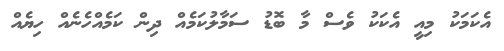
އެކަމަކު މިއީ އެކަކު ވެސް މާ ބޮޑު ސަމާލުކަމެއް ދިން ކަމެއްހެނެއް ހިޔެއް